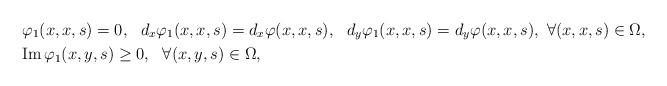
\begin{align*} &\varphi_1(x, x,s)=0,\ \ d_x\varphi_1(x, x,s)=d_x\varphi(x, x,s),\ \ d_y\varphi_1(x, x,s)=d_y\varphi(x, x,s),\ \forall (x,x,s)\in\Omega,\\&{\rm Im\,}\varphi_1(x,y,s)\geq0,\ \ \forall (x,y,s)\in\Omega,\end{align*}